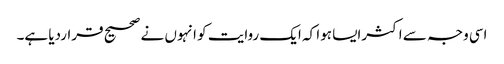
اسی وجہ سے اکثرایسا ہوا کہ ایک روایت کو انہوں نے صحیح قراردیا ہے۔